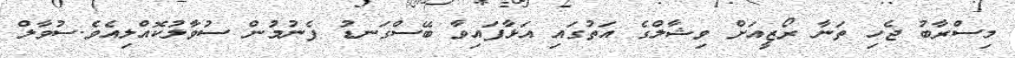
މިސްރާބު ޖެހި ތަނާ ރޯޒީއަށް ވިޝާލްގެ އަތުގައި އަޅާފައިވާ ބޭސްގަނޑު ފެނުމުން ސުވާލުކޮއްލިއެވެ.ސުވާލް